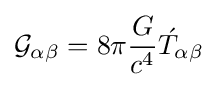
{\mathcal {G}}_{\alpha \beta }=8\pi {G \over {c^{4}}}{\acute {T}}_{\alpha \beta }